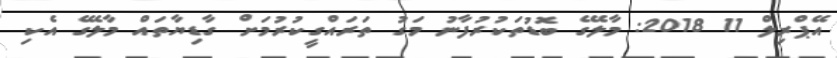
އޭޕްރިލް 11 2018: މާލޭގެ ބޮޑުތަކުރުފާނު މަގު ތަރައްގީކުރުމަށް ގާޑިޔާތައް މާލޭގެ އެކި